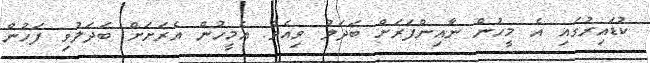
ކުޑައިރުގައި އެ މީހުން ނާއިންފަރަށް ބަދަލު ވިއެވެ. އެމީހުން އެރަށަށް ބަދަލުވި ފަހުން